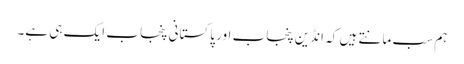
ہم سب مانتے ہیں کہ انڈین پنجاب اور پاکستانی پنجاب ایک ہی ہے۔